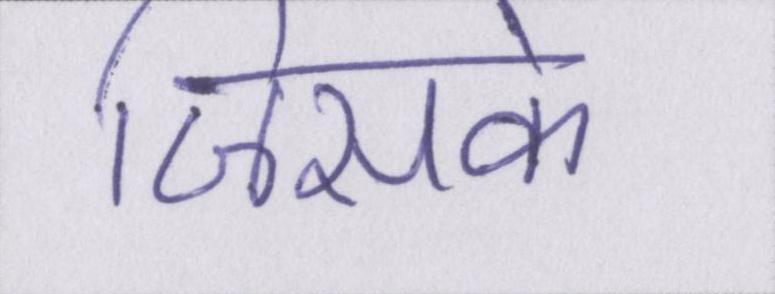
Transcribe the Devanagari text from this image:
जिसके